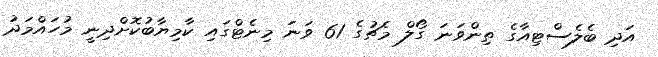
އަދި ބެލެސްޓިއާގެ ތިންވަނަ ގޯލް މެޗުގެ 61 ވަނަ މިނެޓްގައި ކާމިޔާބުކޮށްދިނީ މުހައްމަދު